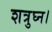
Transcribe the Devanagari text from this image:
शत्रुघ्न।